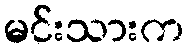
မင်းသားက